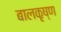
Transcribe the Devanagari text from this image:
बालकृष्‍ण